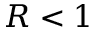
R < 1